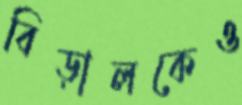
বিড়ালকেও